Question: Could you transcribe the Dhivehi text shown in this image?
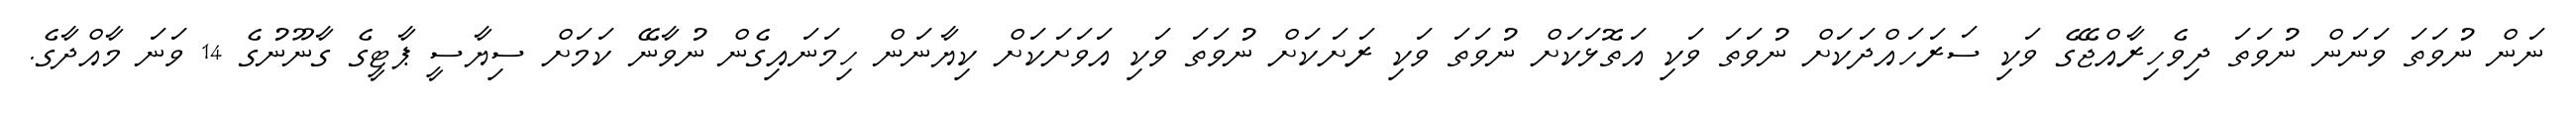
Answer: ނަން ނުވަތަ ވަނަން ނުވަތަ ދިވެހިރާއްޖޭގެ ވަކި ސަރަހައްދަކަށް ނުވަތަ ވަކި އަތޮޅަކަށް ނުވަތަ ވަކި ރަށަކަށް ނުވަތަ ވަކި އަވަށަކަށް ކިޔާނަން ހިމަނައިގެން ނުވާނޭ ކަމަށް ސިޔާސީ ޕާޓީގެ ގާނޫނުގެ 14 ވަނަ މާއްދާގެ.